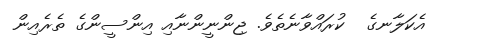
އެކަލާނގެ  ކުރައްވާނެތެވެ. ޖިންނީންނާއި އިންސީންގެ ތެރެއިން